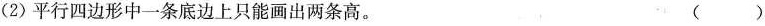
(2)平行四边形中一条底边上只能画出两条高。 ( )